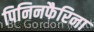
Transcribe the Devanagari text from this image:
पिनिनफैरिना